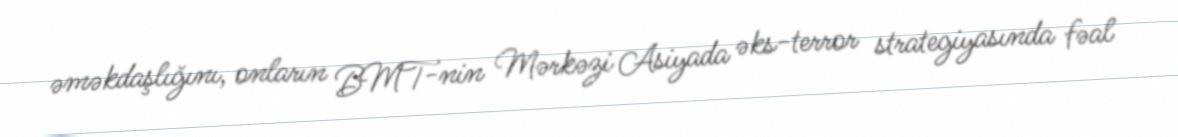
əməkdaşlığını, onların BMT-nin Mərkəzi Asiyada əks-terror strategiyasında fəal